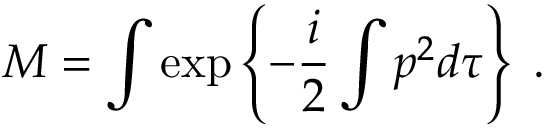
{ \cal M } = \int \exp \left\{ - \frac { i } { 2 } \int p ^ { 2 } d \tau \right\} \; .